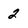
Character: 2